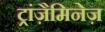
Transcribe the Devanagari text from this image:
ट्रांज़ैमिनेज़